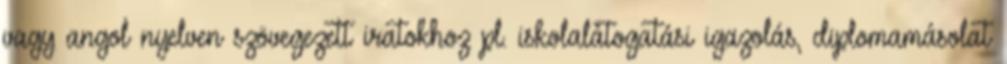
vagy angol nyelven szövegezett iratokhoz pl. iskolalátogatási igazolás, diplomamásolat